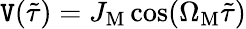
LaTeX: \mathtt{V}(\tilde{{\tau}})=J_{\mathrm{{M}}}\cos(\Omega_{\mathrm{{M}}}\tilde{{\tau}})